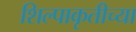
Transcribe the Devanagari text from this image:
शिल्पाकृतीच्या